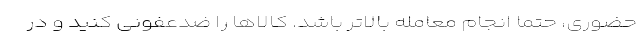
حضوری، حتما انجام معامله بالاتر باشد. کالاها را ضدعفونی کنید و در